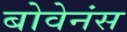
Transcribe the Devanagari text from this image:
बोवेनंस